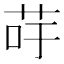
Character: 𦮣